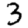
Digit: 3